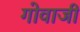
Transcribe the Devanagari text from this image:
गोवाजी